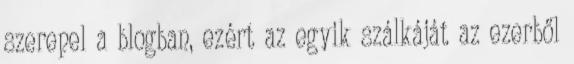
szerepel a blogban, ezért az egyik szálkáját az ezerből